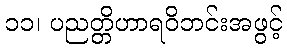
၁၁၊ ပညတ္တိဟာရဝိဘင်းအဖွင့်